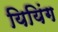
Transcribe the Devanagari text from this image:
यियिंग